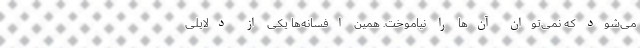
می‌شود که نمی‌توان آن‌ها را نیاموخت. همین افسانه‌ها یکی از دلایلی